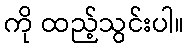
ကို ထည့်သွင်းပါ။